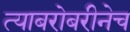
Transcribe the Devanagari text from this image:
त्याबरोबरीनेच